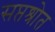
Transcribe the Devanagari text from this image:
सप्तश्रोत